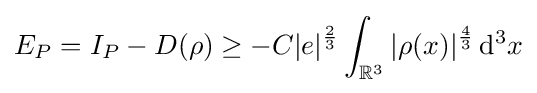
E_{P}=I_{P}-D(\rho )\geq -C|e|^{\frac {2}{3}}\int _{\mathbb {R} ^{3}}|\rho (x)|^{\frac {4}{3}}\,\mathrm {d} ^{3}x